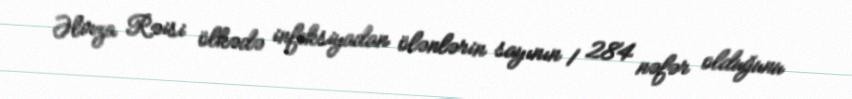
Əlirza Rəisi ölkədə infeksiyadan ölənlərin sayının 1 284 nəfər olduğunu